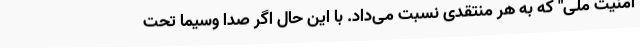
امنیت ملی" که به هر منتقدی نسبت می‌داد. با این حال اگر صدا وسیما تحت